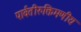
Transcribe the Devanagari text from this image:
पार्वतीरुक्तिमणीय